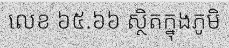
លេខ ៦៥.៦៦ ស្ថិតក្នុងភូមិ